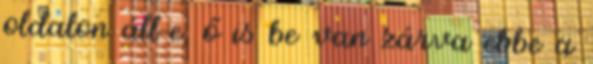
oldalon áll-e, ő is be van zárva ebbe a